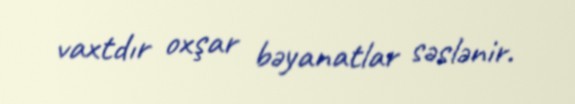
vaxtdır oxşar bəyanatlar səslənir.